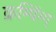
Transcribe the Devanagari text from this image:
क्रम्पिंग्ग्